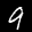
Label: 9